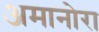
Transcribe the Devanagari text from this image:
अमानोरा